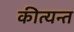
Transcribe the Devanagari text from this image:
कीत्यन्त